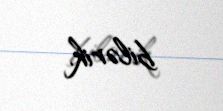
bilərik.